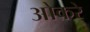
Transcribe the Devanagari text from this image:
ओकरे